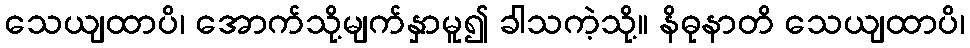
သေယျထာပိ၊ အောက်သို့မျက်နှာမူ၍ ခါသကဲ့သို့။ နိဓုနာတိ သေယျထာပိ၊